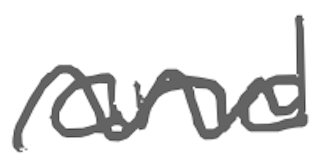
Text: and
Cross-out: wave
Writing tool: digital_gray